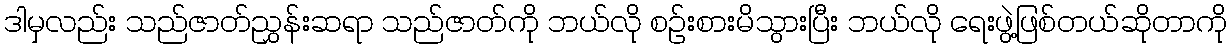
ဒါမှလည်း သည်ဇာတ်ညွှန်းဆရာ သည်ဇာတ်ကို ဘယ်လို စဉ်းစားမိသွားပြီး ဘယ်လို ရေးဖွဲ့ဖြစ်တယ်ဆိုတာကို